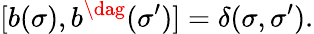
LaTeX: [b(\sigma),b^{\dag}(\sigma^{\prime})]=\delta(\sigma,\sigma^{\prime}).